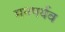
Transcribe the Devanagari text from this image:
मनपर्यव